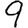
Digit: 9